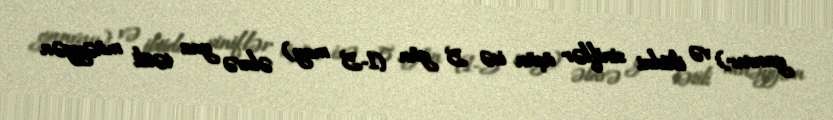
yanvar) və ibtidai siniflər üçün isə 5 gün (1-5 may) əlavə yaz tətili müəyyən